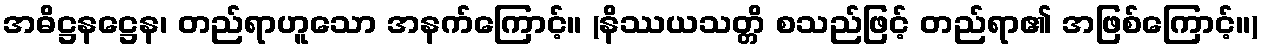
အဓိဋ္ဌနဋ္ဌေန၊ တည်ရာဟူသော အနက်ကြောင့်။ (နိဿယသတ္တိ စသည်ဖြင့် တည်ရာ၏ အဖြစ်ကြောင့်။)